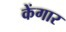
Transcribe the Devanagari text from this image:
केंगार